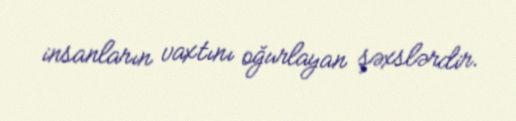
insanların vaxtını oğurlayan şəxslərdir.